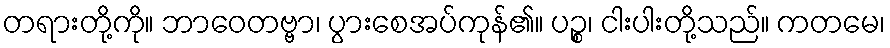
တရားတို့ကို။ ဘာဝေတဗ္ဗာ၊ ပွားစေအပ်ကုန်၏။ ပဉ္စ၊ ငါးပါးတို့သည်။ ကတမေ၊